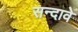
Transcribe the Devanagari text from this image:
सन्दावे